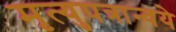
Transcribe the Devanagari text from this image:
मृत्युपत्रान्वये